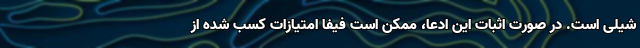
شیلی است. در صورت اثبات این ادعا، ممکن است فیفا امتیازات کسب شده از